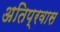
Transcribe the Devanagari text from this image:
अतिप्रवास